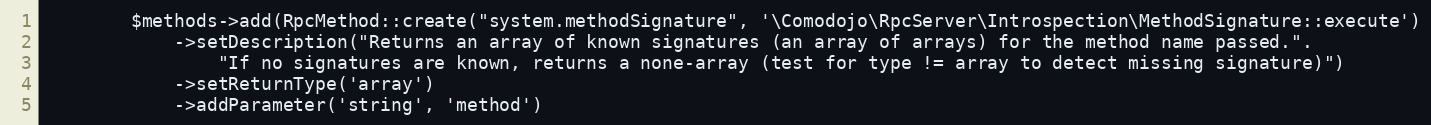
Language: PHP
        $methods->add(RpcMethod::create("system.methodSignature", '\Comodojo\RpcServer\Introspection\MethodSignature::execute')
            ->setDescription("Returns an array of known signatures (an array of arrays) for the method name passed.".
                "If no signatures are known, returns a none-array (test for type != array to detect missing signature)")
            ->setReturnType('array')
            ->addParameter('string', 'method')